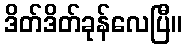
ဒိတ်ဒိတ်ခုန်လေပြီ။